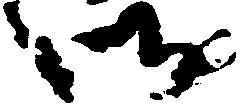
御